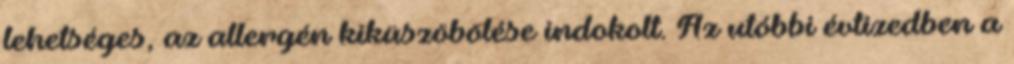
lehetséges, az allergén kiküszöbölése indokolt. Az utóbbi évtizedben a